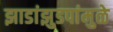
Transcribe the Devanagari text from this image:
झाडांझुडपांमुळे